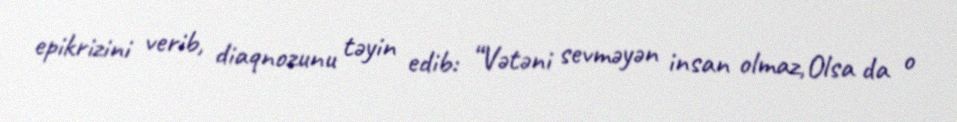
epikrizini verib, diaqnozunu təyin edib: “Vətəni sevməyən insan olmaz,Olsa da o